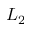
L _ { 2 }